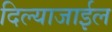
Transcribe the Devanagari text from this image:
दिल्याजाईल